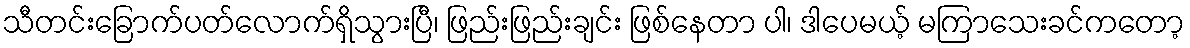
သီတင်းခြောက်ပတ်လောက်ရှိသွားပြီ၊ ဖြည်းဖြည်းချင်း ဖြစ်နေတာ ပါ၊ ဒါပေမယ့် မကြာသေးခင်ကတော့